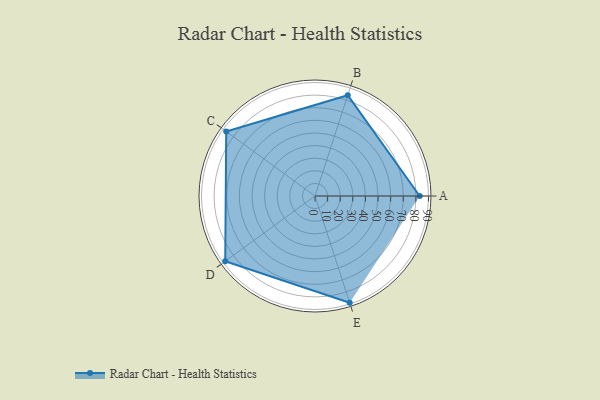
{"axis": {"x": "Skill", "y": "Score"}, "legend": ["Profile"], "data": [{"x": "A", "y": 83.0, "type": "Profile"}, {"x": "B", "y": 84.0, "type": "Profile"}, {"x": "C", "y": 87.0, "type": "Profile"}, {"x": "D", "y": 88.0, "type": "Profile"}, {"x": "E", "y": 89.0, "type": "Profile"}]}